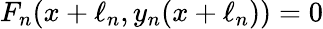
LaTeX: F_{n}(x+\ell_{n},y_{n}(x+\ell_{n}))=0